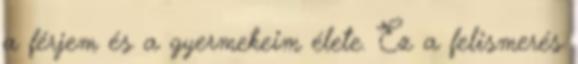
a férjem és a gyermekeim élete. Ez a felismerés